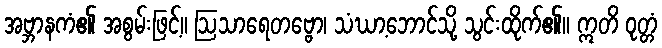
အဗ္ဘာနကံ၏ အစွမ်းဖြင့်။ ဩသာရေတဗ္ဗော၊ သံဃာ့ဘောင်သို့ သွင်းထိုက်၏။ ဣတိ ဝုတ္တံ